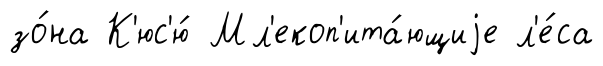
зо́на К'юс'ю́ Мл'екоп'ита́ющиjе л'е́са